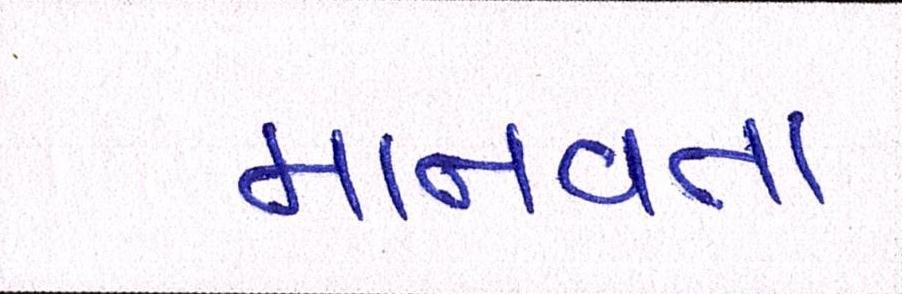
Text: માનવતા